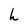
Character: h